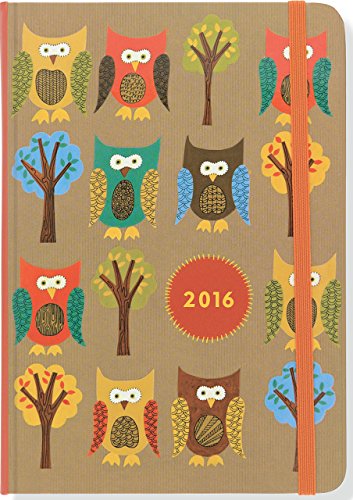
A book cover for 2016 Owls Weekly Planner (16-Month Engagement Calendar, Diary); Peter Pauper Press; Calendars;